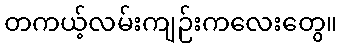
တကယ့်လမ်းကျဉ်းကလေးတွေ။